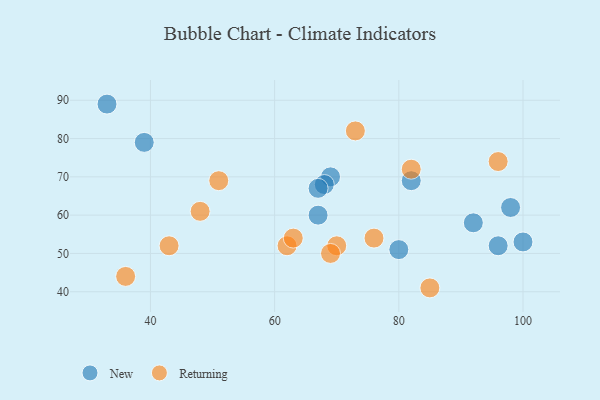
{"axis": {"x": "GDP", "y": "Life Expectancy"}, "legend": ["New", "Returning"], "data": [{"x": "80", "y": 51, "type": "New"}, {"x": "33", "y": 89, "type": "New"}, {"x": "96", "y": 52, "type": "New"}, {"x": "69", "y": 70, "type": "New"}, {"x": "68", "y": 68, "type": "New"}, {"x": "98", "y": 62, "type": "New"}, {"x": "67", "y": 67, "type": "New"}, {"x": "39", "y": 79, "type": "New"}, {"x": "100", "y": 53, "type": "New"}, {"x": "67", "y": 60, "type": "New"}, {"x": "92", "y": 58, "type": "New"}, {"x": "82", "y": 69, "type": "New"}, {"x": "51", "y": 69, "type": "Returning"}, {"x": "82", "y": 72, "type": "Returning"}, {"x": "48", "y": 61, "type": "Returning"}, {"x": "43", "y": 52, "type": "Returning"}, {"x": "62", "y": 52, "type": "Returning"}, {"x": "36", "y": 44, "type": "Returning"}, {"x": "73", "y": 82, "type": "Returning"}, {"x": "70", "y": 52, "type": "Returning"}, {"x": "63", "y": 54, "type": "Returning"}, {"x": "69", "y": 50, "type": "Returning"}, {"x": "76", "y": 54, "type": "Returning"}, {"x": "85", "y": 41, "type": "Returning"}, {"x": "96", "y": 74, "type": "Returning"}]}